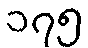
၁၇၅